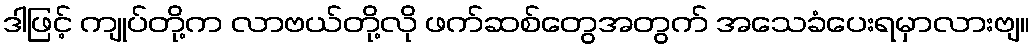
ဒါဖြင့် ကျုပ်တို့က လာဗယ်တို့လို ဖက်ဆစ်တွေအတွက် အသေခံပေးရမှာလားဗျ။